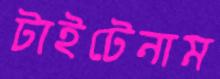
টাইটেনাম